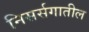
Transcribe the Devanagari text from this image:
निसर्सगातील